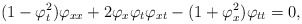
\begin{align*}(1 - \varphi_t^2) \varphi_{xx} + 2 \varphi_x \varphi_t \varphi_{xt}- (1 + \varphi_x^2) \varphi_{tt} = 0,\end{align*}